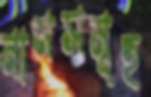
নামসমূহ